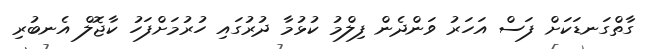
ގާތްގަނޑަކަށް ފަސް އަހަރު ވަންދެން ފިލްމު ކުޅުމާ ދުރުގައި ހުރުމަށްފަހު ކާޖޮލް އެނބުރި